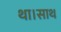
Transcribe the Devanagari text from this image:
था।साथ